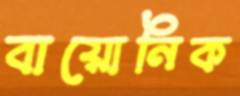
বায়োনিক